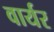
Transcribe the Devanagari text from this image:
वार्यर